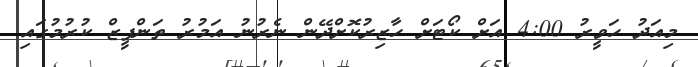
މިއަދު ހަވީރު 4:00 އަށް ކޯޓަށް ހާޒިރުކޮށްދޭން ނެރުނު އަމުރު ތަންފީޒް ކުރުމުގައި